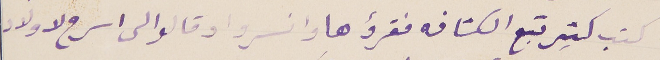
كتب كثير تبع الكشافه فقرؤها وانسروا وقالوا الى اسرح لاولاد